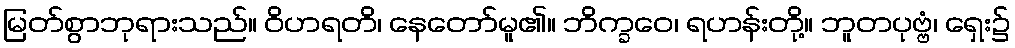
မြတ်စွာဘုရားသည်။ ဝိဟရတိ၊ နေတော်မူ၏။ ဘိက္ခဝေ၊ ရဟန်းတို့။ ဘူတပုဗ္ဗံ၊ ရှေး၌